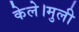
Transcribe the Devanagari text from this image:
केले।मुली